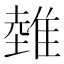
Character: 𨿲